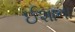
ઈશાના